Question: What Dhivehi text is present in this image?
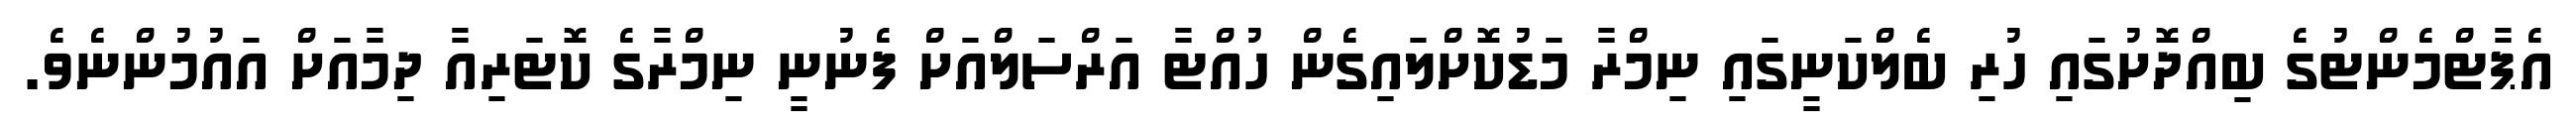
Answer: އެޕާޓްމެންޓުގެ ބިއްދޮށުގައި ހުރި ބެލްކަނީގައި ނިމްރާ މަޑުކޮށްލައިގެން ހުއްޓާ އަރްސަލްއަށް ފެނުނީ ނިމްރާގެ ކޮޓަރިއާ ދިމާއަށް އައުމުންނެވެ.